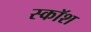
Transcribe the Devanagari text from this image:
स्कॉश